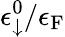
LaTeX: \epsilon_{\downarrow}^{0}/\epsilon_{\mathrm{F}}